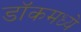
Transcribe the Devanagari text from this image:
डॉकमध्ये